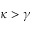
\kappa > \gamma